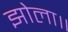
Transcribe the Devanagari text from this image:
झोला॥